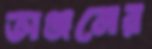
অঞ্জনের